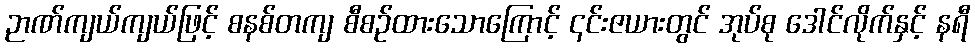
ဉာဏ်ကျယ်ကျယ်ဖြင့် စနစ်တကျ စီစဉ်ထားသောကြောင့် ၎င်းဇယားတွင် အုပ်စု ဒေါင်လိုက်နှင့် နရီ